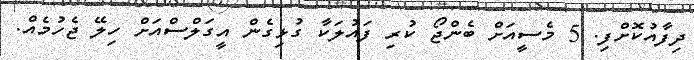
ދިފާއުކޮށްފި. 5 މެސީއަށް ބެންޖޯ ކުރި ފައުލަކާ ގުޅިގެން އީގަލްސްއަށް ހިލޭ ޖެހުމެއް.